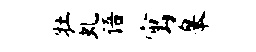
牡虬语寓皋